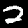
Label: 2